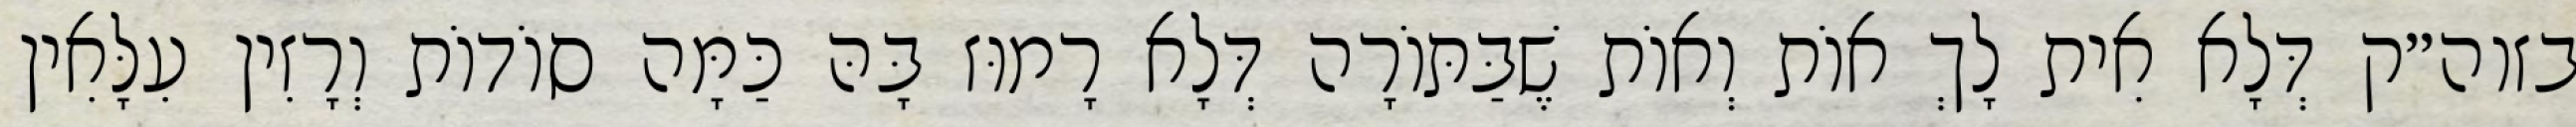
בזוה״ק דְּלָא אִית לָךְ אוֹת וְאוֹת שֶׁבַּתּוֹרָה דְּלָא רָמוּז בָּהּ כַּמָּה סוֹדוֹת וְרָזִין עִלָּאִין